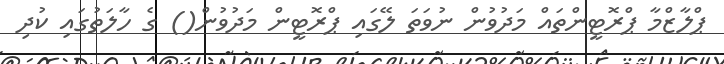
ޕްލާޒްމާ ޕްރޮޓީންތައް މަދުވުން ނުވަތަ ލޭގައި ޕްރޮޓީން މަދުވުން() ގެ ހާލަތުގައި ކުދި